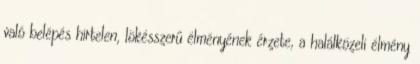
való belépés hirtelen, lökésszerű élményének érzete, a halálközeli élmény